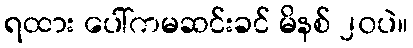
ရထား ပေါ်ကမဆင်းခင် မိနစ် ၂၀ပဲ။